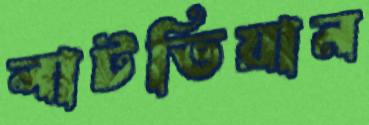
লাটভিয়ান